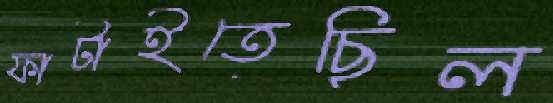
ফাটাইতেছিল